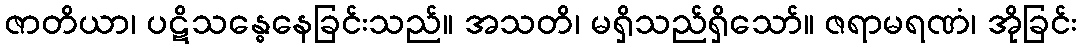
ဇာတိယာ၊ ပဋိသန္ဓေနေခြင်းသည်။ အသတိ၊ မရှိသည်ရှိသော်။ ဇရာမရဏံ၊ အိုခြင်း